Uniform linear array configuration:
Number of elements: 32
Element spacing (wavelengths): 0.75
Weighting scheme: binomial
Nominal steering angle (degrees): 45
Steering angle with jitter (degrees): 45.291
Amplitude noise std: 0.05
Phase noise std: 0.05

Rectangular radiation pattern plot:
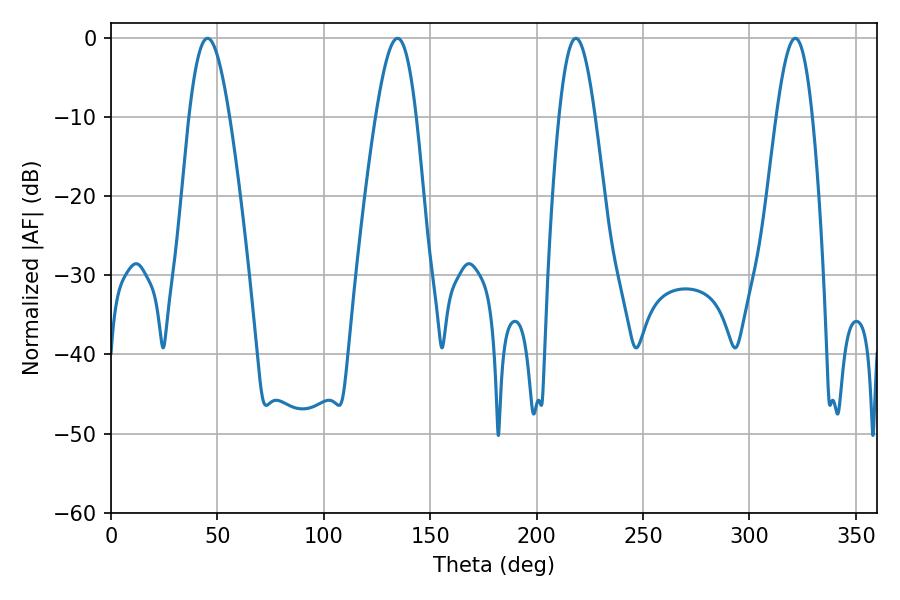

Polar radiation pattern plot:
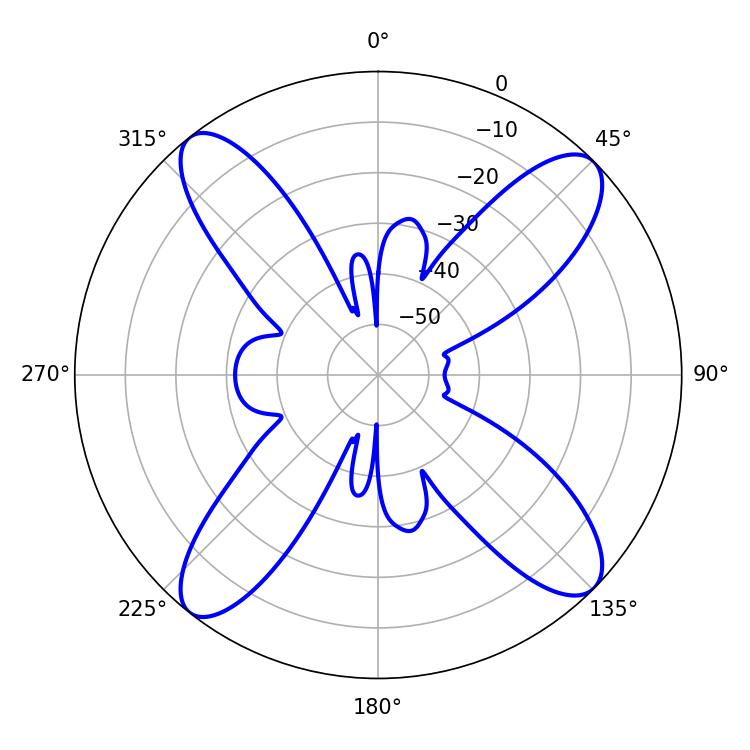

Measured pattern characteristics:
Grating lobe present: TRUE
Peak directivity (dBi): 15.163
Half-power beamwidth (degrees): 10.26
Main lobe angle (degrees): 45.36